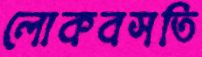
লোকবসতি